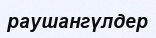
раушангүлдер